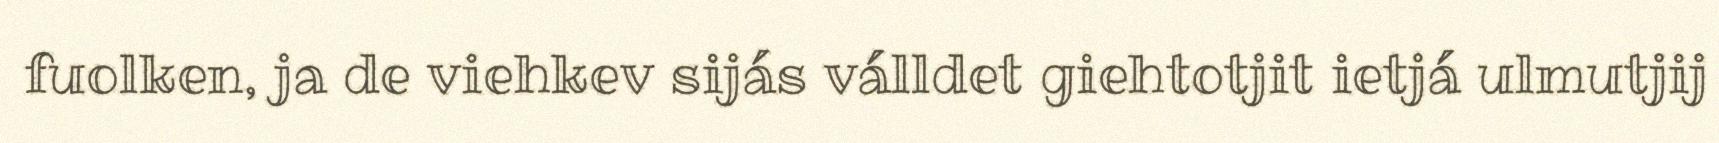
fuolken, ja de viehkev sijás válldet giehtotjit ietjá ulmutjij